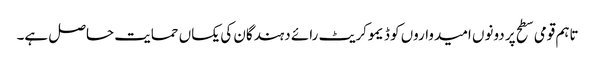
تاہم قومی سطح پر دونوں امیدواروں کو ڈیموکریٹ رائے دہندگان کی یکساں حمایت حاصل ہے۔